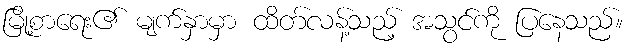
မြို့စာရေး၏ မျက်နှာမှာ ထိတ်လန့်သည့် အသွင်ကို ပြနေသည်။